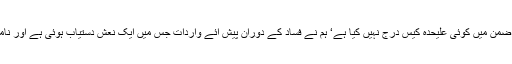
اب تک ہم نے زین انصاری کے قتل کے ضمن میں کوئی علیحدہ کیس درج نہیں کیا ہے‘ ہم نے فساد کے دوران پیش ائے واردات جس میں ایک نعش دستیاب ہوئی ہے اور نامعلوم افراد کے خلاف مقدمہ درج کیاہے‘‘۔